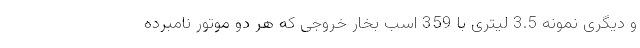
و دیگری نمونه 3.5 لیتری با 359 اسب بخار خروجی که هر دو موتور نامبرده